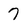
Character: 7